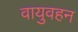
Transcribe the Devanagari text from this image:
वायुवहन